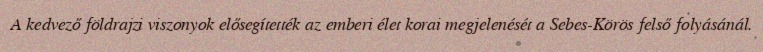
A kedvező földrajzi viszonyok elősegítették az emberi élet korai megjelenését a Sebes-Körös felső folyásánál.